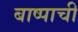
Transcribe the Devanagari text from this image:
बाष्पाची